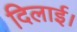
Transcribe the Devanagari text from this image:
दिलाई।